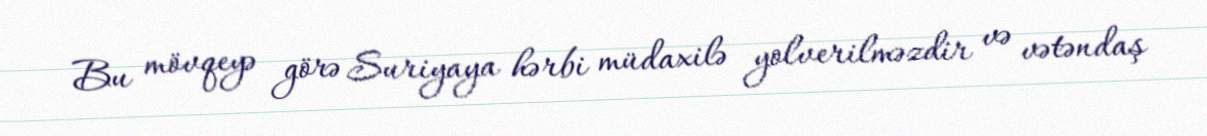
Bu mövqeyə görə Suriyaya hərbi müdaxilə yolverilməzdir və vətəndaş